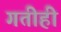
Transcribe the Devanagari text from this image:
गतीही